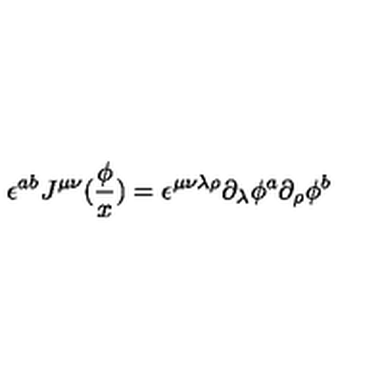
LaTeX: \epsilon ^ { a b } J ^ { \mu \nu } ( \frac \phi x ) = \epsilon ^ { \mu \nu \lambda \rho } \partial _ { \lambda } \phi ^ { a } \partial _ { \rho } \phi ^ { b }